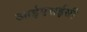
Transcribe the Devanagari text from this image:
आईएसईसी